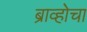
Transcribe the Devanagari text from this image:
ब्राव्होचा